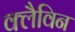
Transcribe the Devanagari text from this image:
क्लैविन